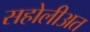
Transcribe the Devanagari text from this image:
सहोलीअत